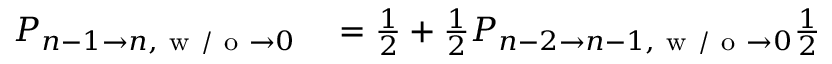
\begin{array} { r l } { P _ { n - 1 \to n , \mathrm { ~ w ~ / ~ o ~ } \to 0 } } & { { } = \frac { 1 } { 2 } + \frac { 1 } { 2 } P _ { n - 2 \to n - 1 , \mathrm { ~ w ~ / ~ o ~ } \to 0 } \frac { 1 } { 2 } } \end{array}